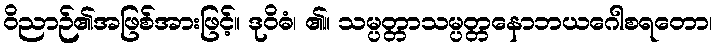
ဝိညာဉ်၏အဖြစ်အားဖြင့်။ ဒုဝိဓံ၊ ၏။ သမ္ပတ္တာသမ္ပတ္တနောဘယဂေါစရတော၊